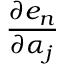
\frac { \partial e _ { n } } { \partial \alpha _ { j } }